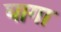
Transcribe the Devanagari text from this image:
घागा